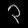
Digit: ၃